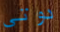
دوتي